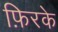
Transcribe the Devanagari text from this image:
फ़िरके